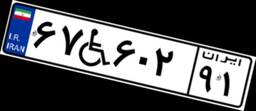
۶۷W۶۰۲۹۱